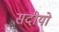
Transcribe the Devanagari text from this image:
सदीयो